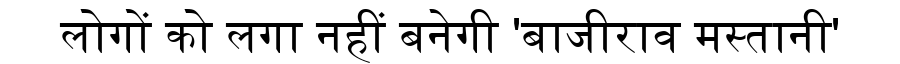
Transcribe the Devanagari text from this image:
लोगों को लगा नहीं बनेगी 'बाजीराव मस्तानी'